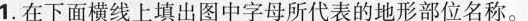
1.在下面横线上填出图中字母所代表的地形部位名称